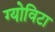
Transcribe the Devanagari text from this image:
ग्योविटा